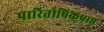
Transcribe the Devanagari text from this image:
पारितोषिकप्राप्त